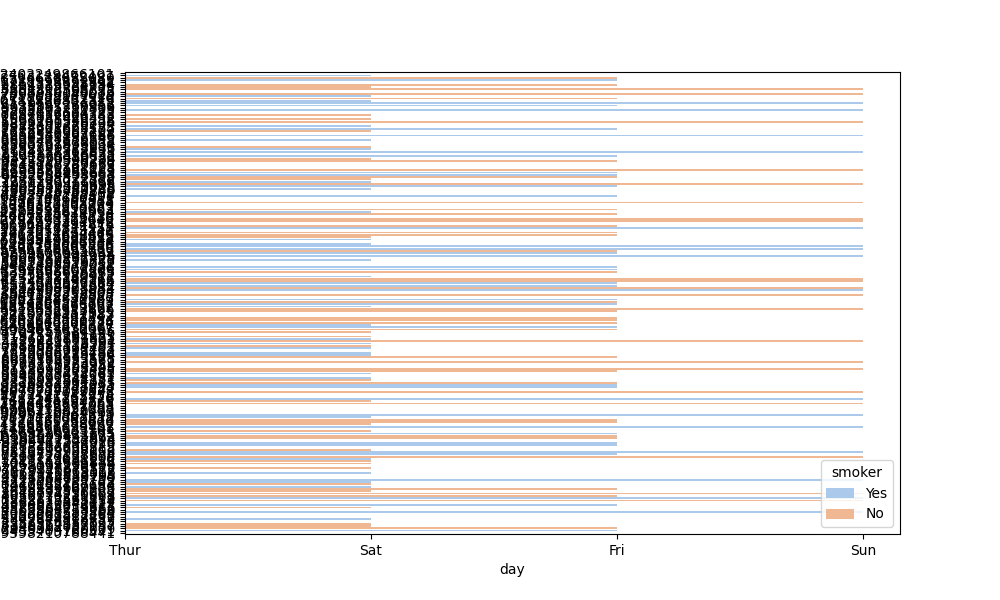
python, seaborn, barplot, hue='smoker', palette='pastel', ci=95, orient='h'